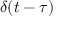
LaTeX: \delta ( t - \tau )